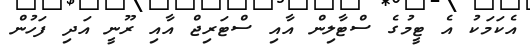
އެކަމަކު އެ ޓީމުގެ ސްޓާލިން އާއި ސްޓަރިޖް އާއި ރޫނީ އަދި ފަހުން